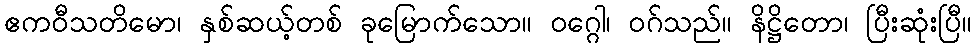
ဧကဝီသတိမော၊ နှစ်ဆယ့်တစ် ခုမြောက်သော။ ဝဂ္ဂေါ၊ ဝဂ်သည်။ နိဋ္ဌိတော၊ ပြီးဆုံးပြီ။